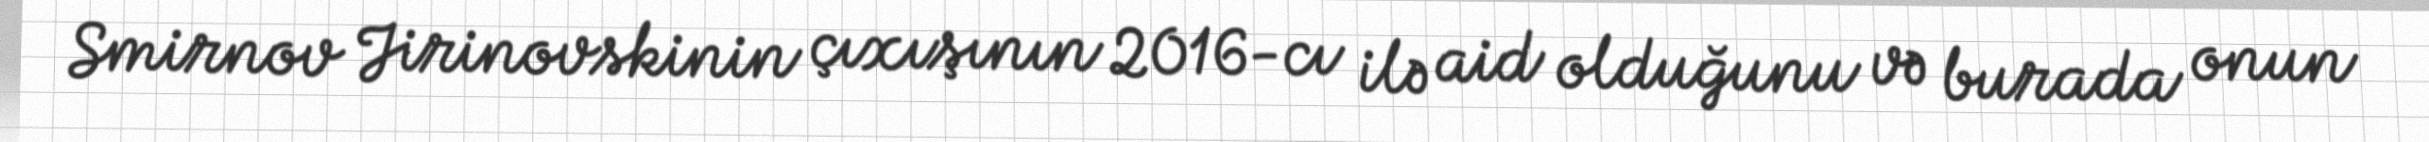
Smirnov Jirinovskinin çıxışının 2016-cı ilə aid olduğunu və burada onun